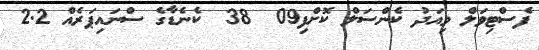
ފެސްޓިވަލް މިއަދު ކެންސަލް ކޮށްފި09  38  ކެނެޑާގެ ސްނައިޕަރެއް 2.2